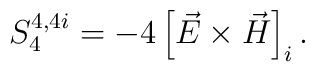
S^{4,4i}_{4}=-4\left [\vec E\times\vec H\right ]_i.